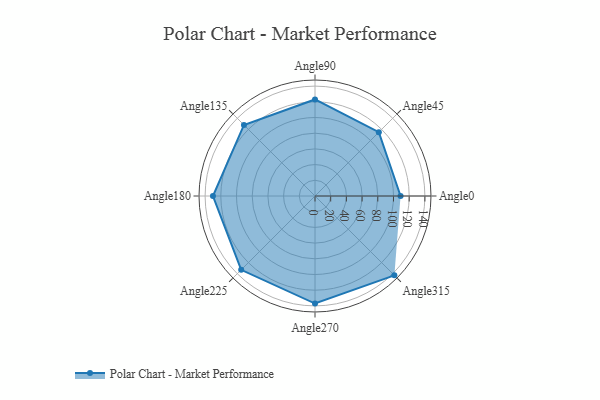
{"axis": {"x": "Angle", "y": "Radius"}, "legend": [""], "data": [{"x": "Angle0", "y": 109.0, "type": ""}, {"x": "Angle45", "y": 115.0, "type": ""}, {"x": "Angle90", "y": 123.0, "type": ""}, {"x": "Angle135", "y": 128.0, "type": ""}, {"x": "Angle180", "y": 130.0, "type": ""}, {"x": "Angle225", "y": 133.0, "type": ""}, {"x": "Angle270", "y": 137.0, "type": ""}, {"x": "Angle315", "y": 143.0, "type": ""}]}